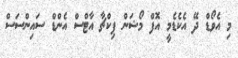
މި އެވޯޑް ދޭ އެކެޑެމީ އޮފް މޯޝަން ޕިކްޗާ އާޓްސް އެންޑް ސައިންސަސް